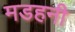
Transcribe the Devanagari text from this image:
मडहनी